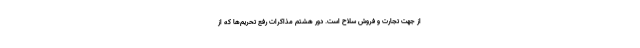
از جهت تجارت و فروش سلاح است. دور هشتم مذاکرات رفع تحریم‌ها که از